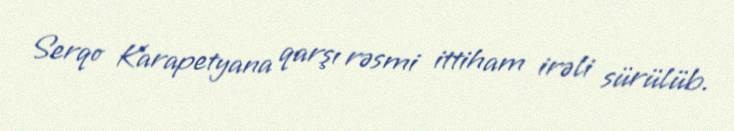
Serqo Karapetyana qarşı rəsmi ittiham irəli sürülüb.